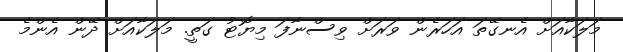
މަލަކާއަށް އެނގޭތަ އަހަރެން ވަރަށް ވިސްނާފަ މިޔޮޓު ގަތީ. މަލަކާއަށް ދޭން އެންމެ